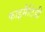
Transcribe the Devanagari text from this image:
फाइमैटिडी